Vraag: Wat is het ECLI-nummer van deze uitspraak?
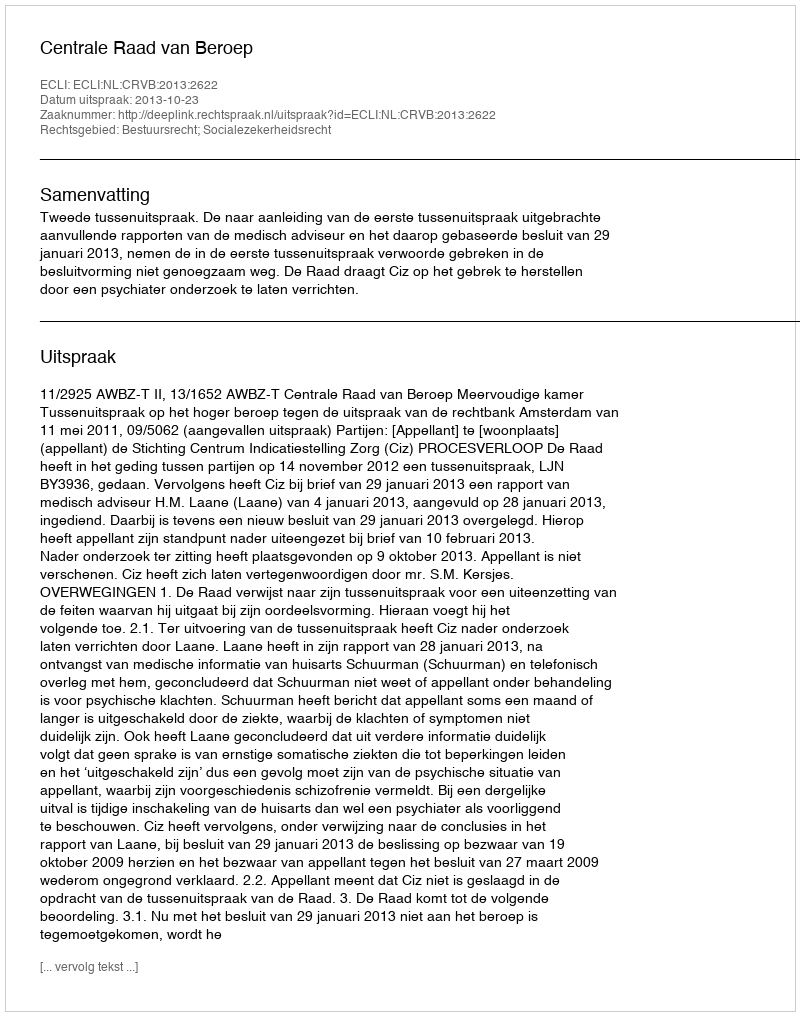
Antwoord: ECLI:NL:CRVB:2013:2622